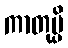
ကာတုမ္ပိ